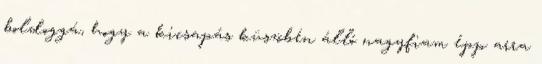
boldoggá, hogy a kicsapás küszöbén álló nagyfiam épp arra